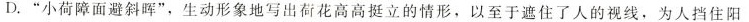
D.”小荷障面避斜晖”，生动形象地写出荷花高高挺立的情形，以至于遮住了人的视线，为人挡住阳